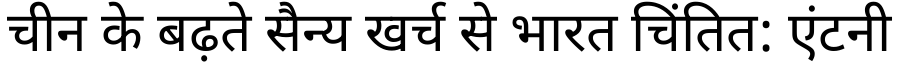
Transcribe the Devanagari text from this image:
चीन के बढ़ते सैन्य खर्च से भारत चिंतित: एंटनी